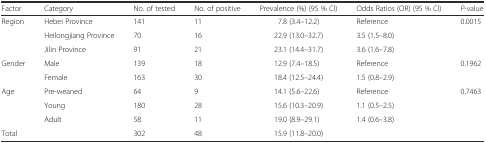
<table><thead><tr><td><b>Factor</b></td><td><b>Category</b></td><td><b>No. of tested</b></td><td><b>No. of positive</b></td><td><b>Prevalence (%) (95 % CI)</b></td><td><b>Odds Ratios (OR) (95 % CI)</b></td><td><b><i>P</i>-value</b></td></tr></thead><tbody><tr><td rowspan="3">Region</td><td>Hebei Province</td><td>141</td><td>11</td><td>7.8 (3.4–12.2)</td><td>Reference</td><td rowspan="3">0.0015</td></tr><tr><td>Heilongjiang Province</td><td>70</td><td>16</td><td>22.9 (13.0–32.7)</td><td>3.5 (1.5–8.0)</td></tr><tr><td>Jilin Province</td><td>91</td><td>21</td><td>23.1 (14.4–31.7)</td><td>3.6 (1.6–7.8)</td></tr><tr><td rowspan="2">Gender</td><td>Male</td><td>139</td><td>18</td><td>12.9 (7.4–18.5)</td><td>Reference</td><td rowspan="2">0.1962</td></tr><tr><td>Female</td><td>163</td><td>30</td><td>18.4 (12.5–24.4)</td><td>1.5 (0.8–2.9)</td></tr><tr><td rowspan="3">Age</td><td>Pre-weaned</td><td>64</td><td>9</td><td>14.1 (5.6–22.6)</td><td>Reference</td><td rowspan="3">0.7463</td></tr><tr><td>Young</td><td>180</td><td>28</td><td>15.6 (10.3–20.9)</td><td>1.1 (0.5–2.5)</td></tr><tr><td>Adult</td><td>58</td><td>11</td><td>19.0 (8.9–29.1)</td><td>1.4 (0.6–3.8)</td></tr><tr><td>Total</td><td></td><td>302</td><td>48</td><td>15.9 (11.8–20.0)</td><td></td><td></td></tr></tbody></table>